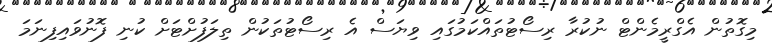
މިގޮތުން އެގްރީމެންޓް ނުކުރާ ރިސޯޓުތައްކަމުގައި ވިޔަސް އެ ރިސޯޓުތަކުން ތިލަފުށްޓަށް ކުނި ފޮނުވައިފިނަމަ